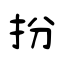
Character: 扮